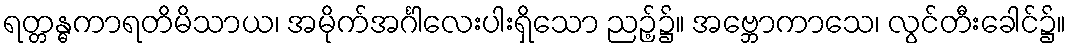
ရတ္တန္ဓကာရတိမိသာယ၊ အမိုက်အင်္ဂါလေးပါးရှိသော ညဉ့်၌။ အဗ္ဘောကာသေ၊ လွင်တီးခေါင်၌။